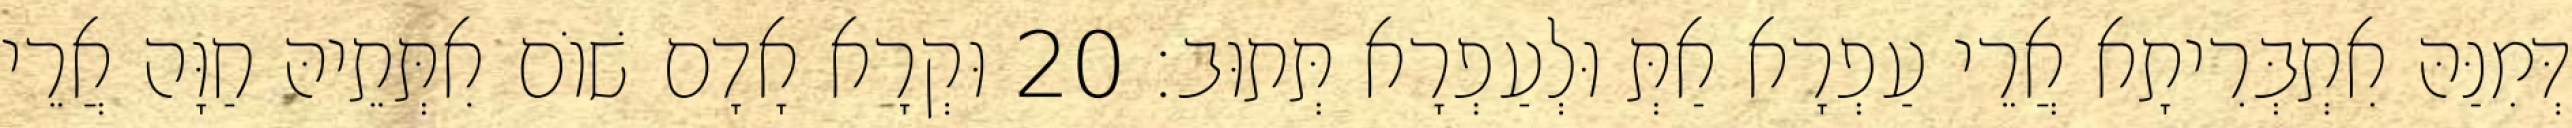
דְּמִנַּהּ אִתְבְּרִיתָא אֲרֵי עַפְרָא אַתְּ וּלְעַפְרָא תְּתוּב׃ 20 וּקְרָא אָדָם שׁוֹם אִתְּתֵיהּ חַוָּה אֲרֵי